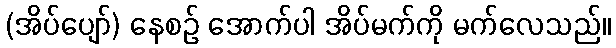
(အိပ်ပျော်) နေစဉ် အောက်ပါ အိပ်မက်ကို မက်လေသည်။